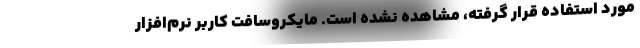
مورد استفاده قرار گرفته، مشاهده نشده است. مایکروسافت کاربر نرم‌افزار